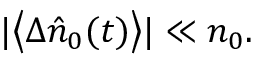
| \big < \Delta \hat { n } _ { 0 } ( t ) \big > | \ll n _ { 0 } .